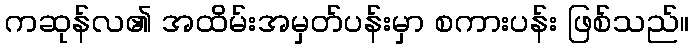
ကဆုန်လ၏ အထိမ်းအမှတ်ပန်းမှာ စကားပန်း ဖြစ်သည်။